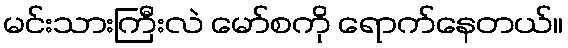
မင်းသားကြီးလဲ မော်စကို ရောက်နေတယ်။